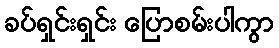
ခပ်ရှင်းရှင်း ပြောစမ်းပါကွာ